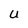
Character: U